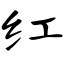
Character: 红